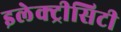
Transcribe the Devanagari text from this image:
इलेक्ट्रीसिटी